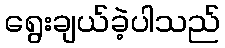
ရွေးချယ်ခဲ့ပါသည်